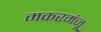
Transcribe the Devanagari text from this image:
मकरमंजू